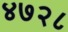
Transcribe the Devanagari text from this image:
४७२८